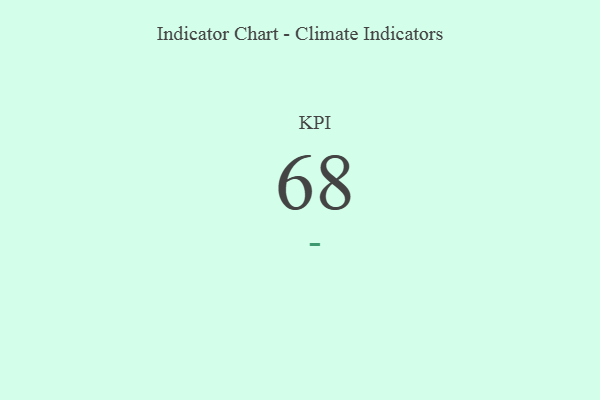
{"axis": {"x": "KPI", "y": "Value"}, "legend": [""], "data": [{"x": "KPI", "y": 68, "type": ""}]}